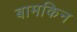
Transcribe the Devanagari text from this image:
बामकिन